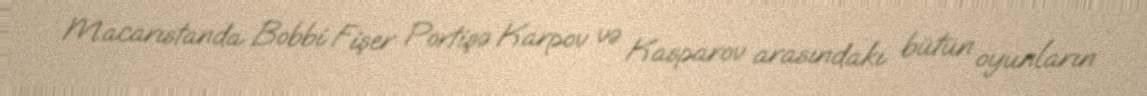
Macarıstanda Bobbi Fişer Portişə Karpov və Kasparov arasındakı bütün oyunların